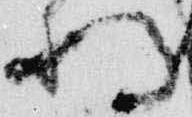
将